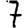
Digit: 7